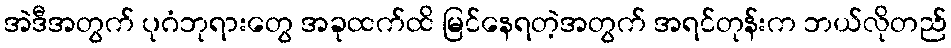
အဲဒီအတွက် ပုဂံဘုရားတွေ အခုထက်ထိ မြင်နေရတဲ့အတွက် အရင်တုန်းက ဘယ်လိုတည်